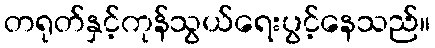
တရုတ်နှင့်ကုန်သွယ်ရေးပွင့်နေသည်။